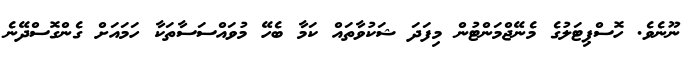
ނޫނެވެ. ހޮސްޕިޓަލުގެ މެނޭޖްމަންޓުން މިފަދަ ޝަކުވާތައް ކަމާ ބެހޭ މުވައްސަސާތަކާ ހަމައަށް ގެންގޮސްދޭނެ